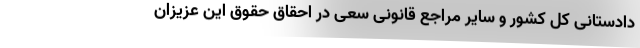
دادستانی کل کشور و سایر مراجع قانونی سعی در احقاق حقوق این عزیزان